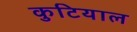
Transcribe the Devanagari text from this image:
कुटियाल